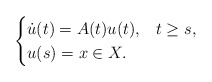
\begin{align*}\begin{cases}\dot{u}(t)=A(t)u(t),&t\geq s,\\u(s)=x \in X.\end{cases}\end{align*}